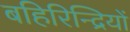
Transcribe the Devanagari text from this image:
बहिरिन्द्रियों